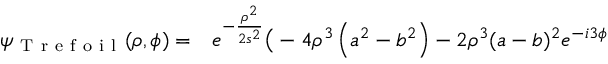
\begin{array} { r l } { \psi _ { \mathrm { ~ T ~ r ~ e ~ f ~ o ~ i ~ l ~ } } ( \rho , \phi ) = } & { { } e ^ { - \frac { \rho ^ { 2 } } { 2 s ^ { 2 } } } \bigr ( - 4 \rho ^ { 3 } \left( a ^ { 2 } - b ^ { 2 } \right) - 2 \rho ^ { 3 } ( a - b ) ^ { 2 } e ^ { - i 3 \phi } } \end{array}